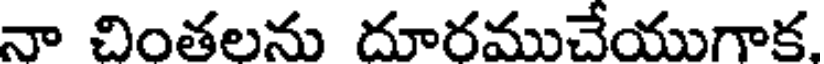
నా చింతలను దూరముచేయుగాక.